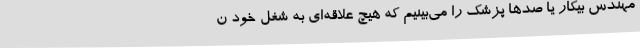
مهندس بیکار یا صدها پزشک را می‌بینیم که هیچ علاقه‌ای به شغل خود ن